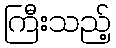
ကြီးသည့်